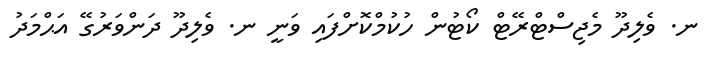
ނ. ވެލިދޫ މެޖިސްޓްރޭޓް ކޯޓުން ހުކުމްކޮށްފައި ވަނީ ނ. ވެލިދޫ ދަންވަރުގޭ އަޙްމަދު